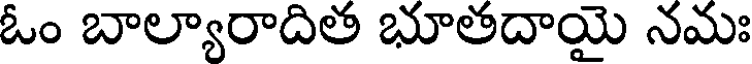
ఓం బాల్యారాదిత భూతదాయై నమః